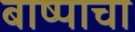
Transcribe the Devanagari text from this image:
बाष्पाचा